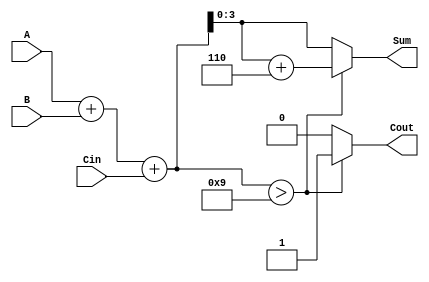
module BCD_Adder (
    input  wire [3:0] A,     // First BCD digit
    input  wire [3:0] B,     // Second BCD digit
    input  wire Cin,          // Carry-in
    output reg  [3:0] Sum,    // BCD sum output
    output reg  Cout          // Carry-out
);

    wire [4:0] binary_sum;    // 5-bit to hold the binary sum
    wire [3:0] corrected_sum;  // Corrected sum after BCD adjustment

    // Step 1: Perform binary addition
    assign binary_sum = A + B + Cin;

    // Step 2: Check if correction is needed
    always @(*) begin
        if (binary_sum > 4'b1001) begin
            // If sum is greater than 9, add 6 (0110)
            corrected_sum = binary_sum + 4'b0110;
            Cout = 1;  // Set carry-out
        end else begin
            corrected_sum = binary_sum;
            Cout = 0;  // No carry-out
        end
        Sum = corrected_sum[3:0]; // Assign the lower 4 bits to Sum
    end

endmodule